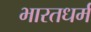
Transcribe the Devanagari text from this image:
भारतधर्म